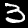
Digit: 3